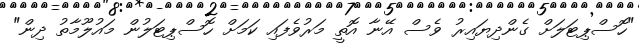
"ހޮސްޕިޓަލަށް ގެންދިޔައިރު ވެސް އޭނާ އޮތީ މަރުވެފައި ކަމަށް ހޮސްޕިޓަލުން މައުލޫމާތު ދިން"